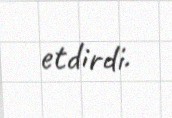
etdirdi.